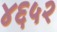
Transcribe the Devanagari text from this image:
४६५२